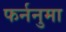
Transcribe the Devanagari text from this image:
फर्ननुमा